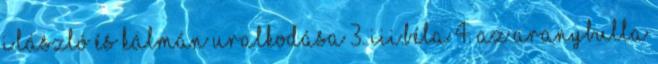
I.László és Kálmán uralkodása 3. III.Béla 4. Az Aranybulla